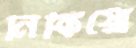
নিকিয়ো